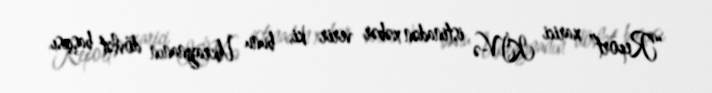
“Report” xarici KİV-ə istinadən xəbər verir ki, bunu Ukraynanın dövlət başçısı